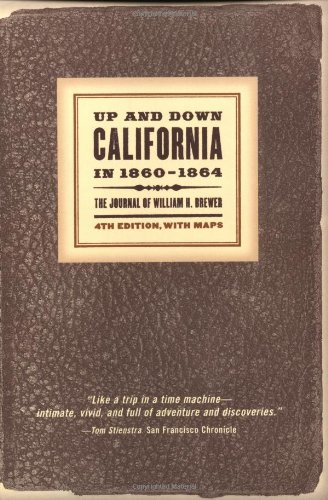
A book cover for Up and Down California in 1860-1864: The Journal of William H. Brewer, Fourth Edition, with Maps; William H. Brewer; Biographies & Memoirs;